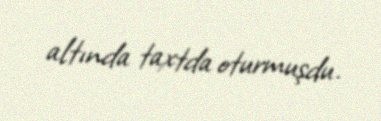
altında taxtda oturmuşdu.